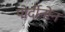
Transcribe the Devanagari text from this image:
पोर्दीनोन